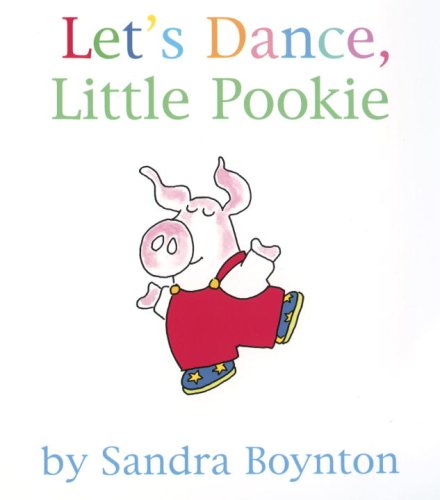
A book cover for Let's Dance, Little Pookie; Sandra Boynton; Children's Books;